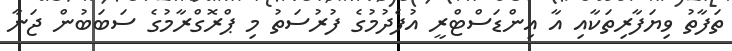
ތަފާތު ވިޔަފާރިތަކާއި އާ އިންޑަސްޓްރީ އުފެދުމުގެ ފުރުސަތު މި ޕްރޮގްރާމުގެ ސަބަބުން ޖަނާ